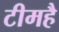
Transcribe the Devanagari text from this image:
टीमहै